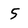
Character: 5